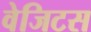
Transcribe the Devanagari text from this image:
वेजिटस